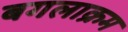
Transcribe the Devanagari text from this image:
बगलाक्रम